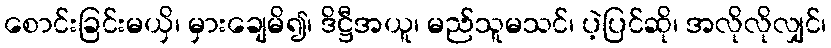
စောင်းခြင်းမယှိ၊ မှားချေမိ၍၊ ဒိဋ္ဌီအယူ၊ မည်သူမသင်၊ ပဲ့ပြင်ဆို၊ အလိုလိုလျှင်၊